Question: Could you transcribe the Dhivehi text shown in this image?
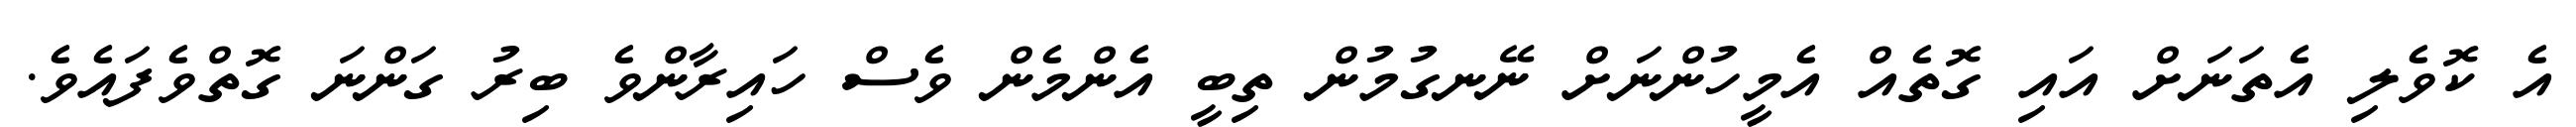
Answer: އެ ކޮވެލި އެތަނަށް އައި ގޮތެއް އެމީހުންނަށް ނޭނގުމުން ތިބީ އެންމެން ވެސް ހައިރާންވެ ބިރު ގަންނަ ގޮތްވެފައެވެ.